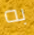
به